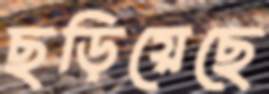
ছড়িয়েছে